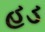
હડ